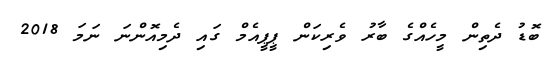
ބޮޑު ދެތިން މީހެއްގެ ބާރު ވެރިކަން ޕީޕީއެމް ގައި ދެމިއޮންނަ ނަމަ 2018